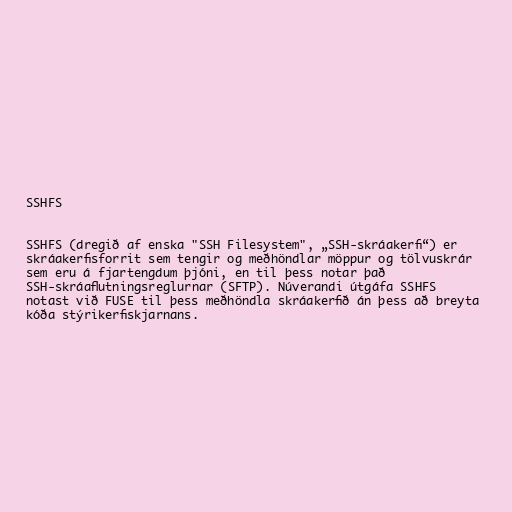
SSHFS

SSHFS (dregið af enska "SSH Filesystem", „SSH-skráakerfi“) er
skráakerfisforrit sem tengir og meðhöndlar möppur og tölvuskrár
sem eru á fjartengdum þjóni, en til þess notar það
SSH-skráaflutningsreglurnar (SFTP). Núverandi útgáfa SSHFS
notast við FUSE til þess meðhöndla skráakerfið án þess að breyta
kóða stýrikerfiskjarnans.